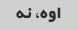
اوه، نه